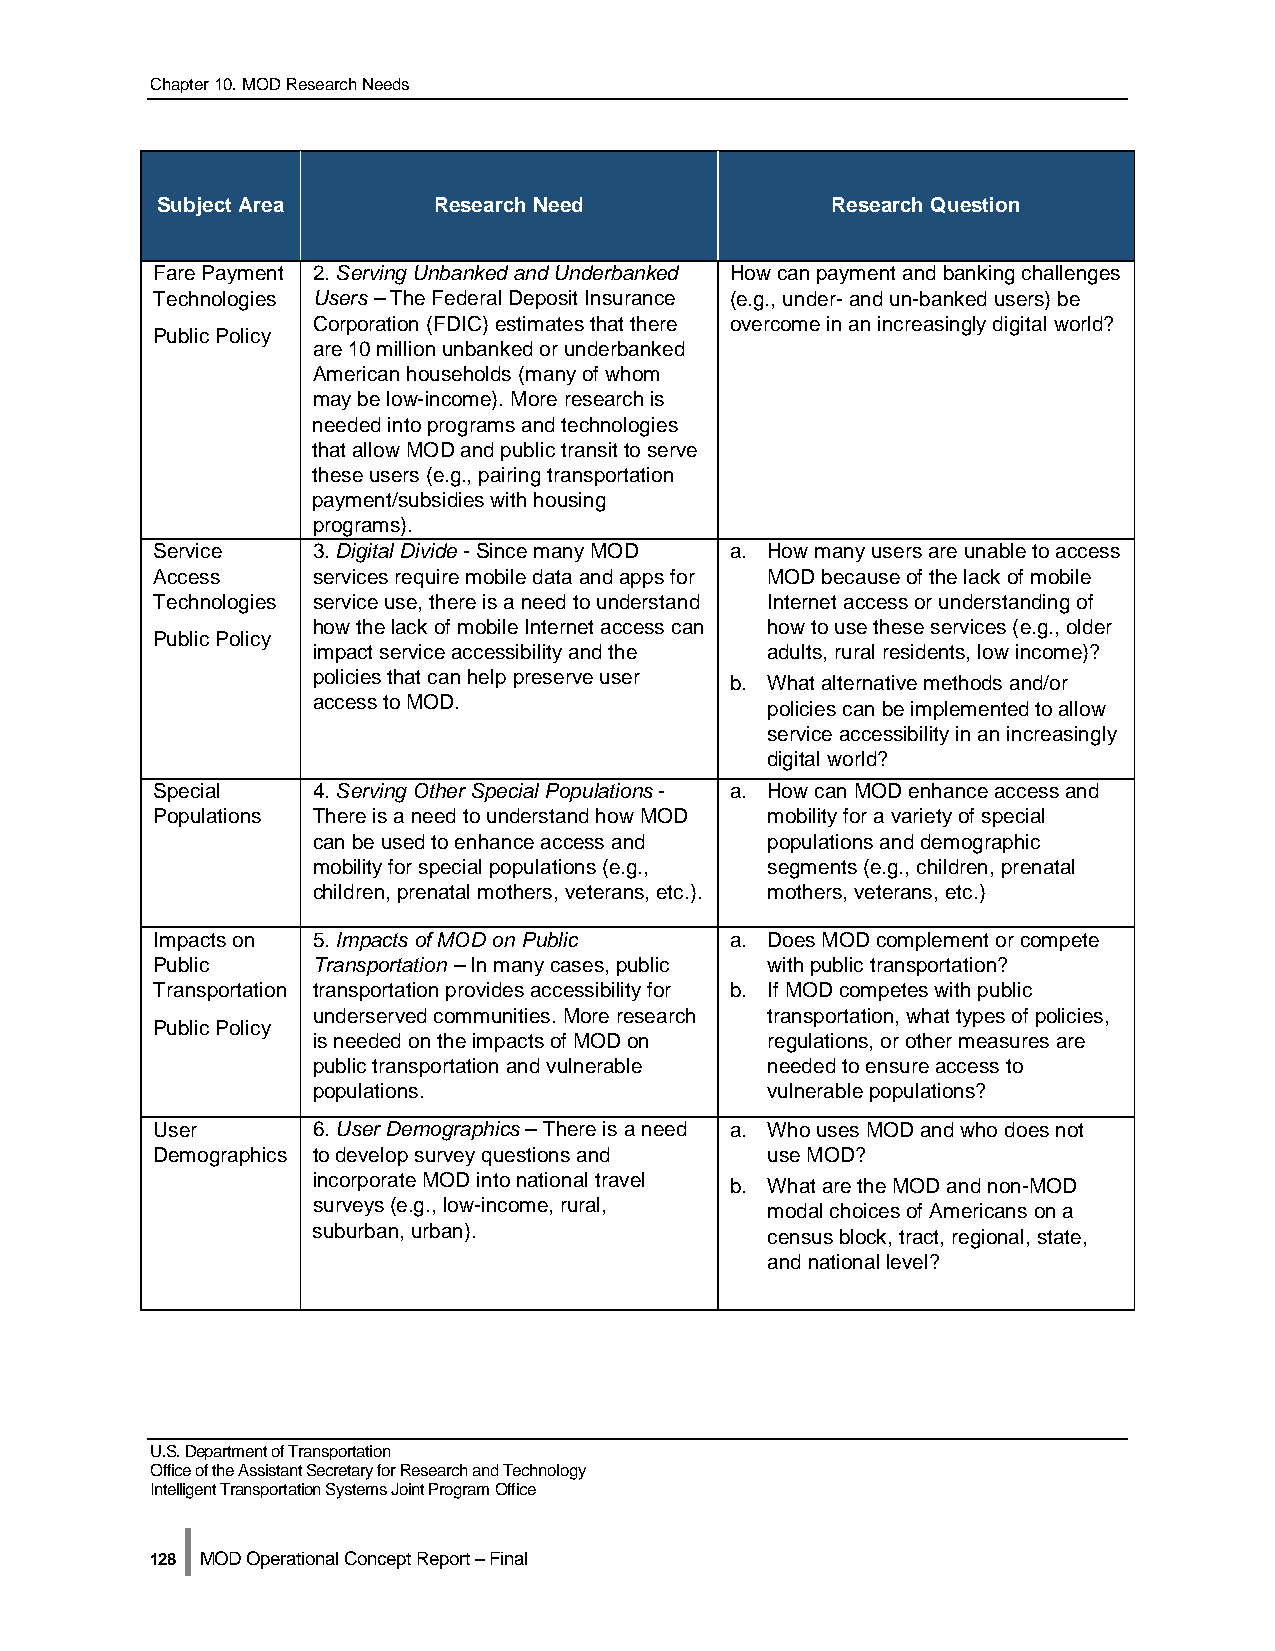
Chapter 10. MOD Research Needs
 Subject Area       Research Need             Research Question
 Fare Payment 2. Serving Unbanked and Underbanked How can payment and banking challenges
 Technologies Users – The Federal Deposit Insurance (e.g., under- and un-banked users) be
 Corporation (FDIC) estimates that there overcome in an increasingly digital world?
 Public Policy
 are 10 million unbanked or underbanked
 American households (many of whom
 may be low-income). More research is
 needed into programs and technologies
 that allow MOD and public transit to serve
 these users (e.g., pairing transportation
 payment/subsidies with housing
 programs).
 Service    3. Digital Divide - Since many MOD a. How many users are unable to access
 Access     services require mobile data and apps for MOD because of the lack of mobile
 Technologies service use, there is a need to understand Internet access or understanding of
 how the lack of mobile Internet access can how to use these services (e.g., older
 Public Policy
 impact service accessibility and the adults, rural residents, low income)?
 policies that can help preserve user b. What alternative methods and/or
 access to MOD.                policies can be implemented to allow
 service accessibility in an increasingly
 digital world?
 Special    4. Serving Other Special Populations - a. How can MOD enhance access and
 Populations There is a need to understand how MOD mobility for a variety of special
 can be used to enhance access and populations and demographic
 mobility for special populations (e.g., segments (e.g., children, prenatal
 children, prenatal mothers, veterans, etc.). mothers, veterans, etc.)
 Impacts on 5. Impacts of MOD on Public a. Does MOD complement or compete
 Public     Transportation – In many cases, public with public transportation?
 Transportation transportation provides accessibility for b. If MOD competes with public
 underserved communities. More research transportation, what types of policies,
 Public Policy
 is needed on the impacts of MOD on regulations, or other measures are
 public transportation and vulnerable needed to ensure access to
 populations.                  vulnerable populations?
 User       6. User Demographics – There is a need a. Who uses MOD and who does not
 Demographics to develop survey questions and use MOD?
 incorporate MOD into national travel b. What are the MOD and non-MOD
 surveys (e.g., low-income, rural, modal choices of Americans on a
 suburban, urban).             census block, tract, regional, state,
 and national level?
 U.S. Department of Transportation
 Office of the Assistant Secretary for Research and Technology
 Intelligent Transportation Systems Joint Program Office
 |
 128 MOD Operational Concept Report – Final